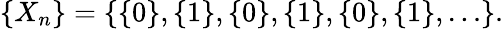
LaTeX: \{ X_{n}\} =\{ \{ 0\} ,\{ 1\} ,\{ 0\} ,\{ 1\} ,\{ 0\} ,\{ 1\} ,\dots\} .